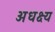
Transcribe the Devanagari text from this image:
अधक्ष्य